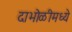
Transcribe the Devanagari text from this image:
दाभोळीमध्ये